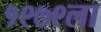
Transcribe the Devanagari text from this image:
१९७९ला